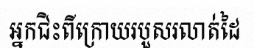
អ្នកជិះពីក្រោយរបួសរលាត់ដៃ